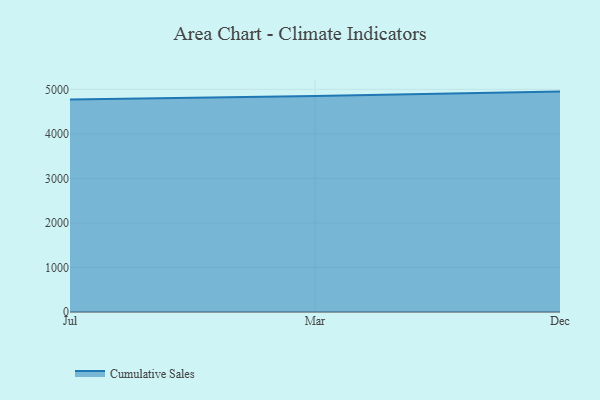
{"axis": {"x": "Month", "y": "Backlog"}, "legend": ["Cumulative Sales"], "data": [{"x": "Jul", "y": 4773.7, "type": "Cumulative Sales"}, {"x": "Mar", "y": 4847.4, "type": "Cumulative Sales"}, {"x": "Dec", "y": 4948.3, "type": "Cumulative Sales"}]}